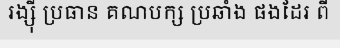
រង្ស៊ី ប្រធាន គណបក្ស ប្រឆាំង ផងដែរ ពី